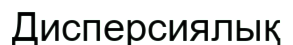
Дисперсиялық